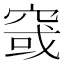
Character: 窢